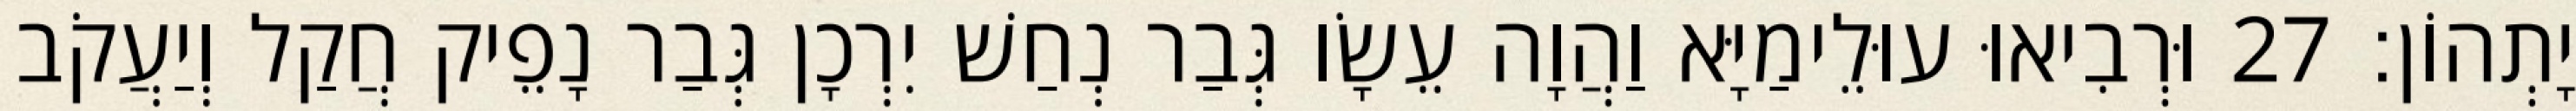
יָתְהוֹן׃ 27 וּרְבִיאוּ עוּלֵימַיָּא וַהֲוָה עֵשָׂו גְּבַר נְחַשׁ יִרְכָן גְּבַר נָפֵיק חֲקַל וְיַעֲקֹב